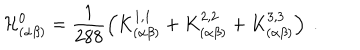
\mathcal { H } _ { ( \alpha \beta ) } ^ { 0 } = \frac { 1 } { 2 8 8 } \left( K _ { ( \alpha \beta ) } ^ { 1 , 1 } + K _ { ( \alpha \beta ) } ^ { 2 , 2 } + K _ { ( \alpha \beta ) } ^ { 3 , 3 } \right) ~ .